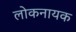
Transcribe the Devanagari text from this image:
लोकनायक